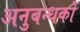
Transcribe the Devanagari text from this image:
अनुबन्धकों